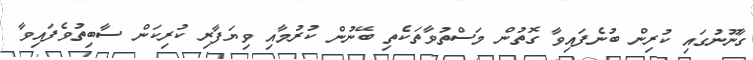
ގާނޫނުގައި ކުރިން ބުނެފައިވާ ގޮތުން މަސްތުވާތަކެތި ބޭނުން ކުރުމާއި ވިޔަފާރި ކުރިކަން ސާބިތުވެފައިވާ